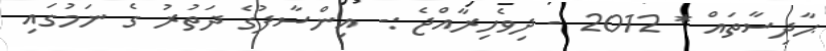
ޙާދިސާތައް * 2012 - ދިވެހިރާއްޖެ :- އިންސާފުގެ ދަތުރު ގެ ނަމުގައި